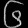
Digit: ၆